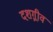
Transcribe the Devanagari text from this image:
दशग़्रीव